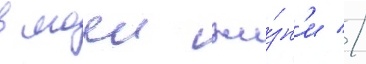
в моеи жи́зн'и //